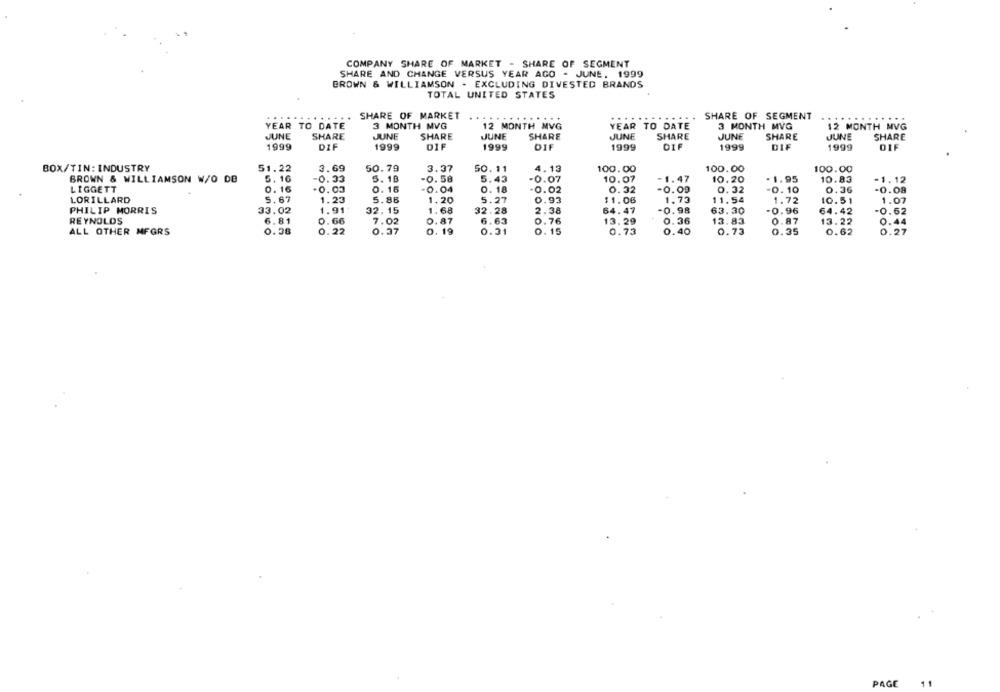
COMPANY SHARE OF MARKET - SHARE OF SEGMENT
SHARE AND CHANGE VERSUS YEAR AGO - JUNE, 1999
BROWN & WILLIAMSON - EXCLUDING DIVESTED BRANDS
TOTAL UNITED STATES
.....
.....
SHARE OF MARKET
..
SHARE OF SEGMENT
YEAR TO DATE
3 MONTH MVG
12 MONTH MVG
YEAR TO DATE
3 MONTH MVG
12 MONTH MVG
JUNE
SHARE
JUNE
SHARE
JUNE
SHARE
JUNE
SHARE
JUNE
SHARE
JUNE
SHARE
1999
DIF
1999
DIF
1999
DIF
1999
DIF
1999
DIE
1999
DIE
BOX/TIN: INDUSTRY
51.22
3.69
50.79
3.37
50.11
4.13
100.00
100.00
100.00
BROWN & WILLIAMSON W/O DE
5.16
-0.33
5. 1B
-0.58
5.43
-0.07
10.07
-1.47
10.20
- 1.95
10.83
1.12
LIGGETT
0. 16
-0.03
0.16
-0.04
0. 18
-0.02
0.32
-0.09
0.32
-0.10
0.36
1.08
LORILLARD
5.67
1.23
5.86
1.20
5.27
0.93
$1.06
1.73
11.54
1.72
10.51
1.07
PHILIP MORRIS
33.02
1.91
32.15
1.68
32.28
2.38
64.47
-0.98
63.30
-0.96
64.42
0.62
REYNOLDS
6.81
0.66
7.02
0.87
6.63
0.76
13.29
0. 36
13.83
0.87
13.22
44
ALL OTHER MFGRS
0.08
0.22
0.37
0. 19
0.31
0. 15
0.73
0.40
0.73
0.35
0.62
0.27
PAGE